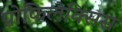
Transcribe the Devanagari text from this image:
प्रोफिलेक्सिस